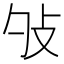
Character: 𢻭